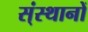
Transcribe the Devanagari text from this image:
स्ंस्थानों